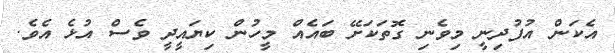
އެކަން އުފުދިނީ މިވެނި ގޮތަކަށޭ ބައެއް މީހުން ކިޔައީދީ ވެސް އުޅެ އެވެ.